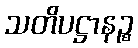
သတိပဋ္ဌာနဉ္စ